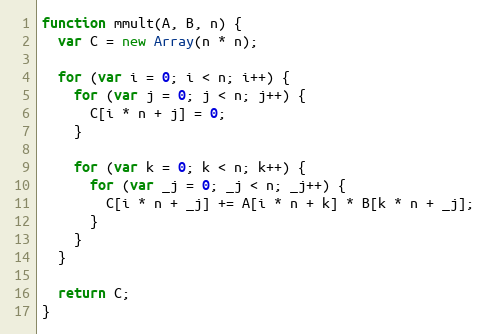
Language: JavaScript
function mmult(A, B, n) {
  var C = new Array(n * n);

  for (var i = 0; i < n; i++) {
    for (var j = 0; j < n; j++) {
      C[i * n + j] = 0;
    }

    for (var k = 0; k < n; k++) {
      for (var _j = 0; _j < n; _j++) {
        C[i * n + _j] += A[i * n + k] * B[k * n + _j];
      }
    }
  }

  return C;
}